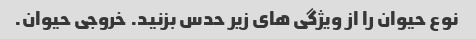
نوع حیوان را از ویژگی های زیر حدس بزنید. خروجی حیوان.